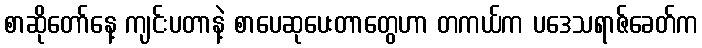
စာဆိုတော်နေ့ ကျင်းပတာနဲ့ စာပေဆုပေးတာတွေဟာ တကယ်က ပဒေသရာဇ်ခေတ်က